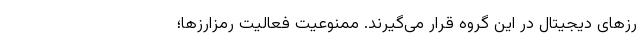
رز‌های دیجیتال در این گروه قرار می‌گیرند. ممنوعیت فعالیت رمزارزها؛